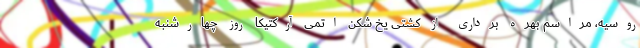
روسیه، مراسم بهره برداری از کشتی یخ شکن اتمی آرکتیکا روز چهارشنبه